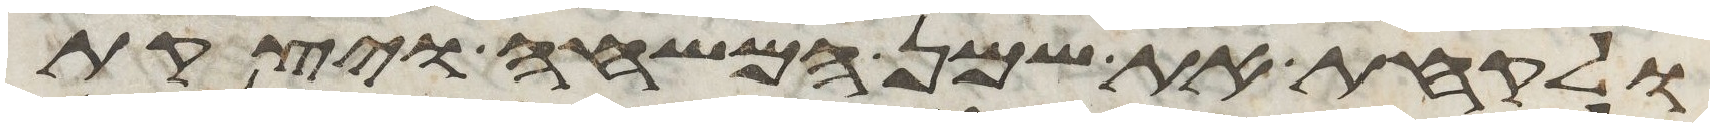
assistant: ולקחת את שמן המשחה ויצקת